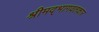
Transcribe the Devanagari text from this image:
श्रीमद्‌भागवतकार